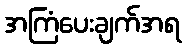
အကြံပေးချက်အရ